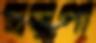
হড়পা